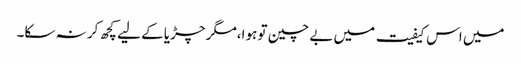
میں اس کیفیت میں بے چین تو ہوا،مگر چڑیا کے لیے کچھ کر نہ سکا۔